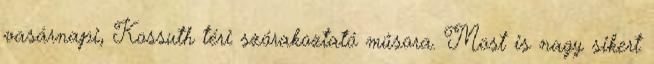
vasárnapi, Kossuth téri szórakoztató műsora. Most is nagy sikert